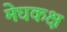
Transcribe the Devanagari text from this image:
मेघकक्ष